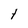
Character: t